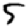
Digit: 5